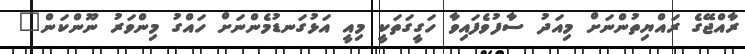
ރާއްޖޭގެ ރައްޔިތުންނަށް މިއަދު ސާފުވެފައިވާ ހަގީގަތަކީ މިއީ އަޅުގަނޑުމެންނަށް ހައްގު މިންވަރު ނޫންކަން"